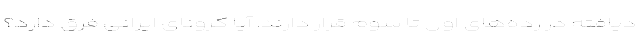
دیافته در رده‌های اول تا سوم قرار دارند. آیا کرونای ایرانی فرق دارد؟